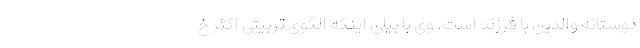
دوستانه والدین با فرزند است. وی با بیان اینکه الگوی تربیتی اکثر خ